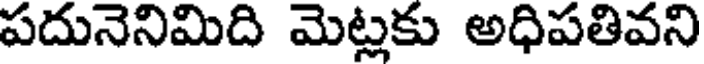
పదునెనిమిది మెట్లకు అధిపతివని